Report of the Indian Hemp Drugs Commission, 1894-1895 - Volume II
Year: 1894
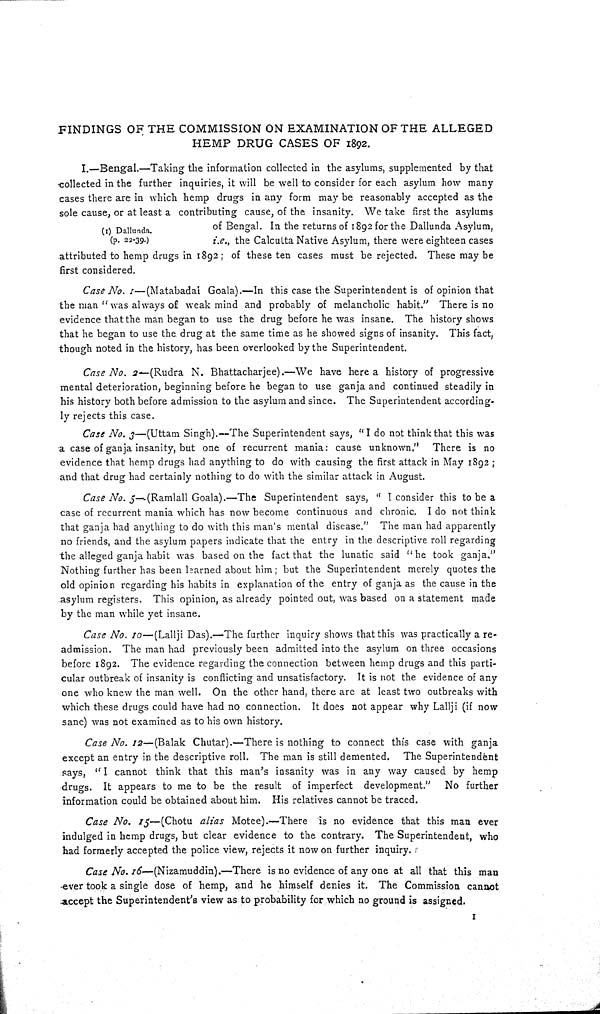
FINDINGS OF THE COMMISSION ON EXAMINATION OF THE ALLEGED
HEMP DRUG CASES OF 1892.
(1) Dallunda.
(p. 22-39.)
I.—Bengal.—Taking the information collected in the asylums, supplemented by that
collected in the further inquiries, it will be well to consider for each asylum how many
cases there are in which hemp drugs in any form may be reasonably accepted as the
sole cause, or at least a contributing cause, of the insanity. We take first the asylums
of Bengal. In the returns of 1892 for the Dallunda Asylum,
i.e., the Calcutta Native Asylum, there were eighteen cases
attributed to hemp drugs in 1892; of these ten cases must be rejected. These may be
first considered.
Case No. 1—(Matabadai Goala).—In this case the Superintendent is of opinion that
the man "was always of weak mind and probably of melancholic habit." There is no
evidence that the man began to use the drug before he was insane. The history shows
that he began to use the drug at the same time as he showed signs of insanity. This fact,
though noted in the history, has been overlooked by the Superintendent.
Case No. 2— (Rudra N. Bhattacharjee).—We have here a history of progressive
mental deterioration, beginning before he began to use ganja and continued steadily in
his history both before admission to the asylum and since. The Superintendent according-
ly rejects this case.
Case No. 3—(Uttam Singh).—The Superintendent says, "I do not think that this was
a case of ganja insanity, but one of recurrent mania: cause unknown." There is no
evidence that hemp drugs had anything to do with causing the first attack in May 1892;
and that drug had certainly nothing to do with the similar attack in August.
Case No. 5—(Ramlall Goala).—The Superintendent says, "I consider this to be a
case of recurrent mania which has now become continuous and chronic. I do not think
that ganja had anything to do with this man's mental disease." The man had apparently
no friends, and the asylum papers indicate that the entry in the descriptive roll regarding
the alleged ganja habit was based on the fact that the lunatic said "he took ganja."
Nothing further has been learned about him; but the Superintendent merely quotes the
old opinion regarding his habits in explanation of the entry of ganja as the cause in the
asylum registers. This opinion, as already pointed out, was based on a statement made
by the man while yet insane.
Case No. 10—(Lallji Das).—The further inquiry shows that this was practically a re-
admission. The man had previously been admitted into the asylum on three occasions
before 1892. The evidence regarding the connection between hemp drugs and this parti-
cular outbreak of insanity is conflicting and unsatisfactory. It is not the evidence of any
one who knew the man well. On the other hand, there are at least two outbreaks with
which these drugs could have had no connection. It does not appear why Lallji (if now
sane) was not examined as to his own history.
Case No. 12—(Balak Chutar).—There is nothing to connect this case with ganja
except an entry in the descriptive roll. The man is still demented. The Superintendent
says, "I cannot think that this man's insanity was in any way caused by hemp
drugs. It appears to me to be the result of imperfect development." No further
information could be obtained about him. His relatives cannot be traced.
Case No. 15—(Chotu alias Motee).—There is no evidence that this man ever
indulged in hemp drugs, but clear evidence to the contrary. The Superintendent, who
had formerly accepted the police view, rejects it now on further inquiry.
Case No. 16—(Nizamuddin).—There is no evidence of any one at all that this man
ever took a single dose of hemp, and he himself denies it. The Commission cannot
accept the Superintendent's view as to probability for which no ground is assigned.
1